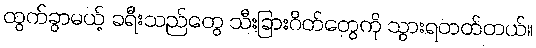
ထွက်ခွာမယ့် ခရီးသည်တွေ သီးခြားဂိတ်တွေကို သွားရတတ်တယ်။